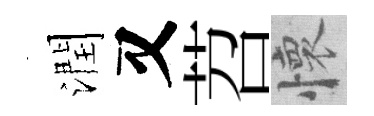
潤又苕懷